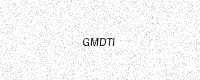
Text: GMDTI